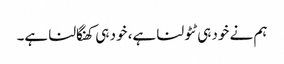
ہم نے خود ہی ٹٹولنا ہے، خود ہی کھنگالنا ہے۔